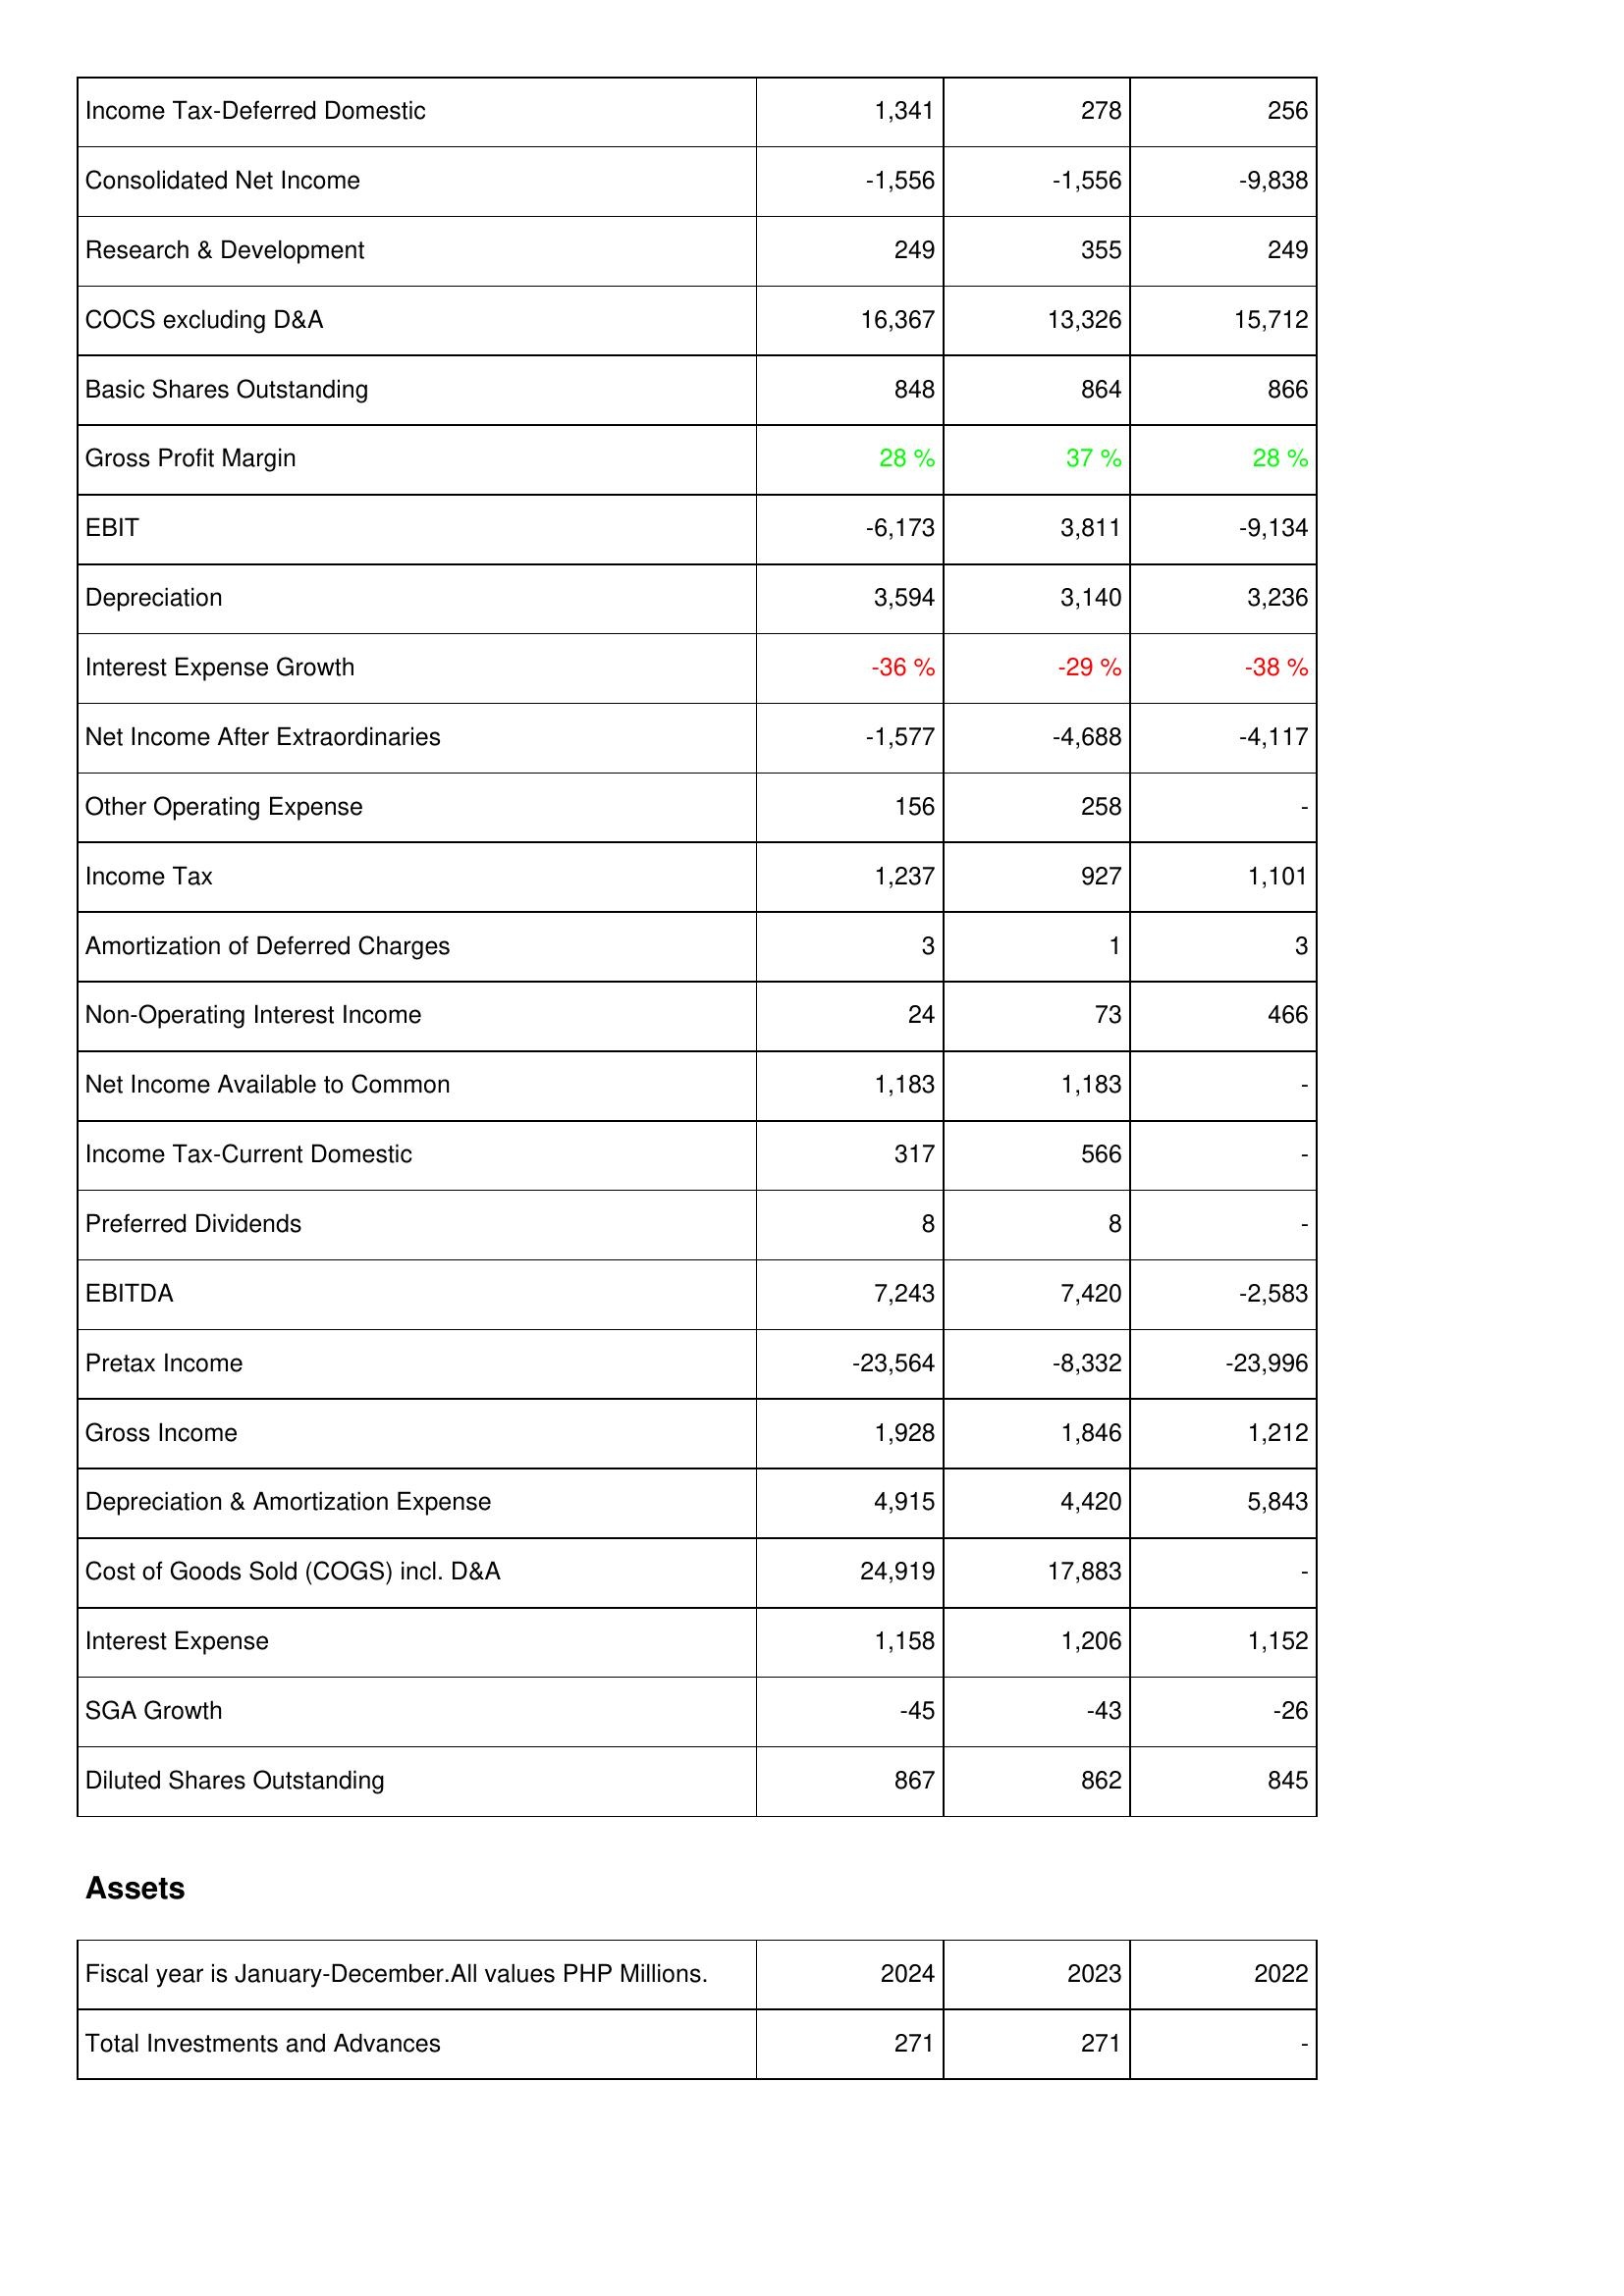
2024: Income Statement: Income Tax-Deferred Domestic: 1,341
Consolidated Net Income: -1,556
Research & Development: 249
COCS excluding D&A: 16,367
Basic Shares Outstanding: 848
Gross Profit Margin: 28 %
EBIT: -6,173
Depreciation: 3,594
Interest Expense Growth: -36 %
Net Income After Extraordinaries: -1,577
Other Operating Expense: 156
Income Tax: 1,237
Amortization of Deferred Charges: 3
Non-Operating Interest Income: 24
Net Income Available to Common: 1,183
Income Tax-Current Domestic: 317
Preferred Dividends: 8
EBITDA: 7,243
Pretax Income: -23,564
Gross Income: 1,928
Depreciation & Amortization Expense: 4,915
Cost of Goods Sold (COGS) incl. D&A: 24,919
Interest Expense: 1,158
SGA Growth: -45
Diluted Shares Outstanding: 867
Assets: Total Investments and Advances: 271
2023: Income Statement: Income Tax-Deferred Domestic: 278
Consolidated Net Income: -1,556
Research & Development: 355
COCS excluding D&A: 13,326
Basic Shares Outstanding: 864
Gross Profit Margin: 37 %
EBIT: 3,811
Depreciation: 3,140
Interest Expense Growth: -29 %
Net Income After Extraordinaries: -4,688
Other Operating Expense: 258
Income Tax: 927
Amortization of Deferred Charges: 1
Non-Operating Interest Income: 73
Net Income Available to Common: 1,183
Income Tax-Current Domestic: 566
Preferred Dividends: 8
EBITDA: 7,420
Pretax Income: -8,332
Gross Income: 1,846
Depreciation & Amortization Expense: 4,420
Cost of Goods Sold (COGS) incl. D&A: 17,883
Interest Expense: 1,206
SGA Growth: -43
Diluted Shares Outstanding: 862
Assets: Total Investments and Advances: 271
2022: Income Statement: Income Tax-Deferred Domestic: 256
Consolidated Net Income: -9,838
Research & Development: 249
COCS excluding D&A: 15,712
Basic Shares Outstanding: 866
Gross Profit Margin: 28 %
EBIT: -9,134
Depreciation: 3,236
Interest Expense Growth: -38 %
Net Income After Extraordinaries: -4,117
Other Operating Expense: -
Income Tax: 1,101
Amortization of Deferred Charges: 3
Non-Operating Interest Income: 466
Net Income Available to Common: -
Income Tax-Current Domestic: -
Preferred Dividends: -
EBITDA: -2,583
Pretax Income: -23,996
Gross Income: 1,212
Depreciation & Amortization Expense: 5,843
Cost of Goods Sold (COGS) incl. D&A: -
Interest Expense: 1,152
SGA Growth: -26
Diluted Shares Outstanding: 845
Assets: Total Investments and Advances: -